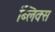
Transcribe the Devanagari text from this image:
ब्लिक्स